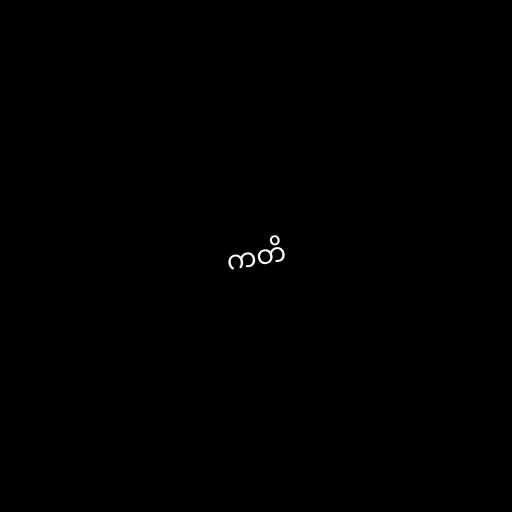
ကတိ